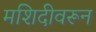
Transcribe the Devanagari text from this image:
मशिदीवरून